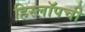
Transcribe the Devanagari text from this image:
हिस्लॉपची